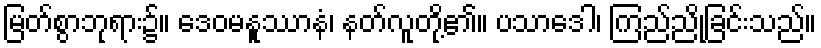
မြတ်စွာဘုရား၌။ ဒေဝမနူဿာနံ၊ နတ်လူတို့၏။ ပသာဒေါ၊ ကြည်ညိုခြင်းသည်။